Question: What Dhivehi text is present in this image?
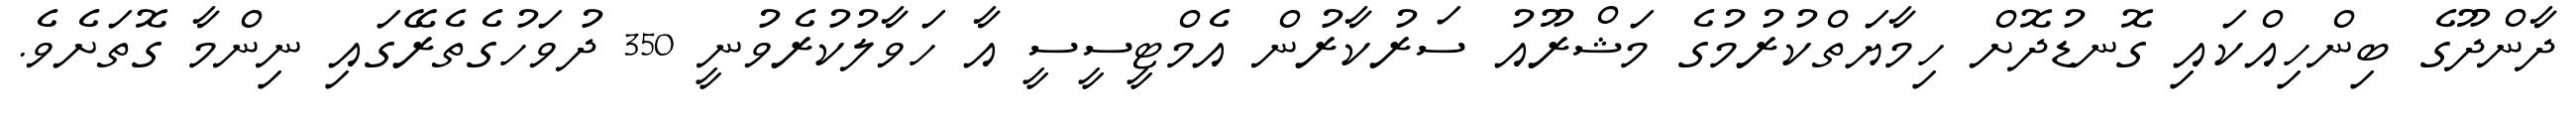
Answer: ދާންދޫގެ ބިންހިއްކައި ގޮނޑުދޮށް ހިމާޔަތްކުރުމުގެ މަޝްރޫއު ސަރުކާރުން އެމްޓީސީސީ އާ ހަވާލުކުރެވުނީ 350 ދުވަހުގެތެރޭގައި ނިންމާ ގޮތަށެވެ.